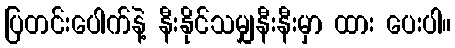
ပြတင်းပေါက်နဲ့ နီးနိုင်သမျှနီးနီးမှာ ထား ပေးပါ။